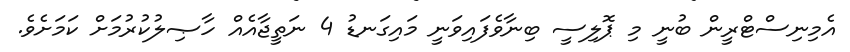
އެމިނިސްޓްރީން ބުނީ މި ޕޮލިސީ ބިނާވެފައިވަނީ މައިގަނޑު 4 ނަތީޖާއެއް ހާޞިލުކުރުމަށް ކަމަށެވެ.